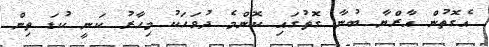
އެގޮތުން އާރްޔާ ބުނާ ގޮތުގައި ކޮންމެ ދުވަހަކު މިހާރު ކަނީ ކުޑަ ތިން